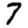
Digit: 7